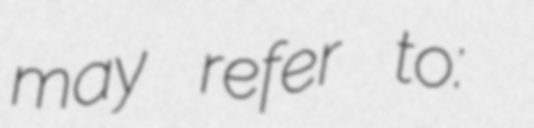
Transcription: may refer to: